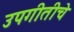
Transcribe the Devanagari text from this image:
उपगीतीचे